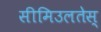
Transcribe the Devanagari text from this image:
सीमिउलतेस्